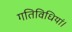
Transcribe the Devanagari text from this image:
गतिविधियां।